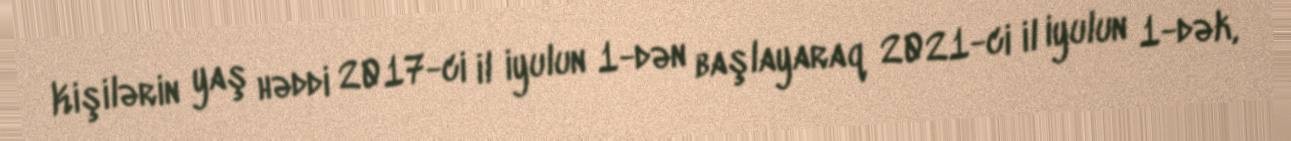
Kişilərin yaş həddi 2017-ci il iyulun 1-dən başlayaraq 2021-ci il iyulun 1-dək,